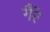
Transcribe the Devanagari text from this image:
गैरे